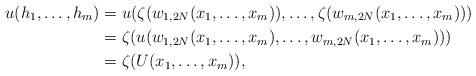
LaTeX: \begin{align*}u(h_1,\dots,h_m)&=u(\zeta(w_{1,2N}(x_1,\dots,x_m)),\dots,\zeta(w_{m,2N}(x_1,\dots,x_m)))\\&=\zeta(u(w_{1,2N}(x_1,\dots,x_m),\dots,w_{m,2N}(x_1,\dots,x_m)))\\&=\zeta(U(x_1,\dots,x_m)),\end{align*}